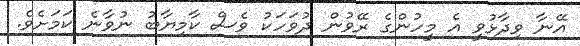
އޭނާ ވިދާޅުވީ އެ މީހުންގެ ރޭވުން ދުވަހަކު ވެސް ކާމިޔާބު ނުވާނެ ކަމަށެވެ.